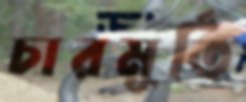
চারমূর্তি